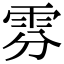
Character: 雰